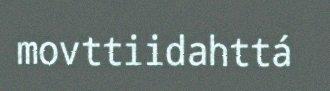
movttiidahttá